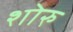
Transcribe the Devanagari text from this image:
शोरु